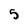
Character: 5